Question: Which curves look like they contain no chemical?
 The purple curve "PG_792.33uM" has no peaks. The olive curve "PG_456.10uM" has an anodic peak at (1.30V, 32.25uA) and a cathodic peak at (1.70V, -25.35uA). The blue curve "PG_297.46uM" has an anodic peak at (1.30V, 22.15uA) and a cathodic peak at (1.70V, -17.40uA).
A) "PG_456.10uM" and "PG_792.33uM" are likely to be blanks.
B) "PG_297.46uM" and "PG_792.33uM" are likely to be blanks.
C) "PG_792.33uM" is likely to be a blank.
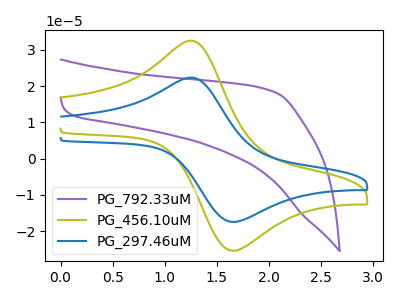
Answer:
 <answer>C) "PG_792.33uM" is likely to be a blank.</answer>
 <eval>C</eval>